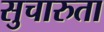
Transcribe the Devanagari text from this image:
सुचारुता